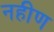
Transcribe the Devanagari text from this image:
नहीण